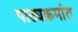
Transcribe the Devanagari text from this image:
पाठ्यक्रमांत